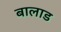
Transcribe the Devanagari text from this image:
बालाड